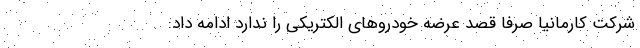
شرکت کارمانیا صرفا قصد عرضه خودروهای الکتریکی را ندارد ادامه داد: